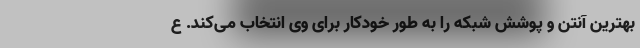
بهترین آنتن و پوشش شبکه را به طور خودکار برای وی انتخاب می‌کند. ع